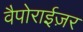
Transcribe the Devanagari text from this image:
वैपोराईज़र